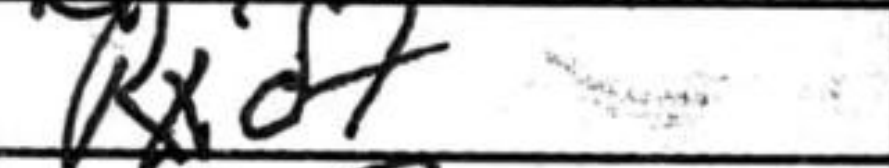
Transcription: Rxd7